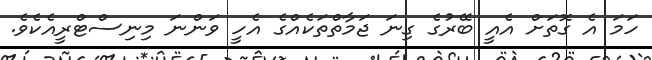
ހަމަ އެ ގޮތަށް އެއީ ބޭރުގެ ގިނަ ޖަމާތްތަކެއްގެ އެހީ ވަންނަ މިނިސްޓްރީއެކެވެ.